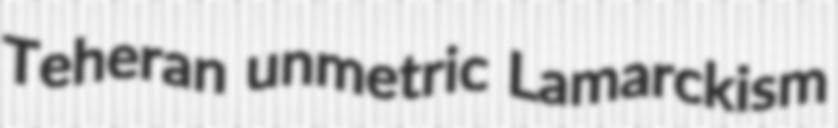
Teheran unmetric Lamarckism